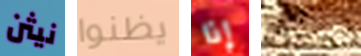
نيثن يظنوا إذا بالطبع